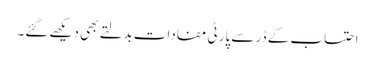
احتساب کے ڈر سے پارٹی مفادات بدلتے بھی دیکھے گئے۔